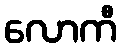
လောကီ